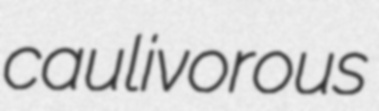
caulivorous